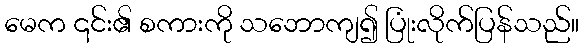
မေက ၎င်း၏ စကားကို သဘောကျ၍ ပြုံးလိုက်ပြန်သည်။